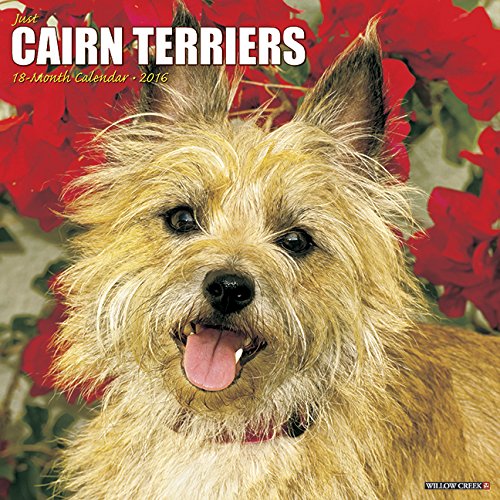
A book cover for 2016 Just Cairn Terriers Wall Calendar; Willow Creek Press; Calendars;